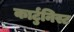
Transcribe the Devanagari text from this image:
कार्टुनिस्ट